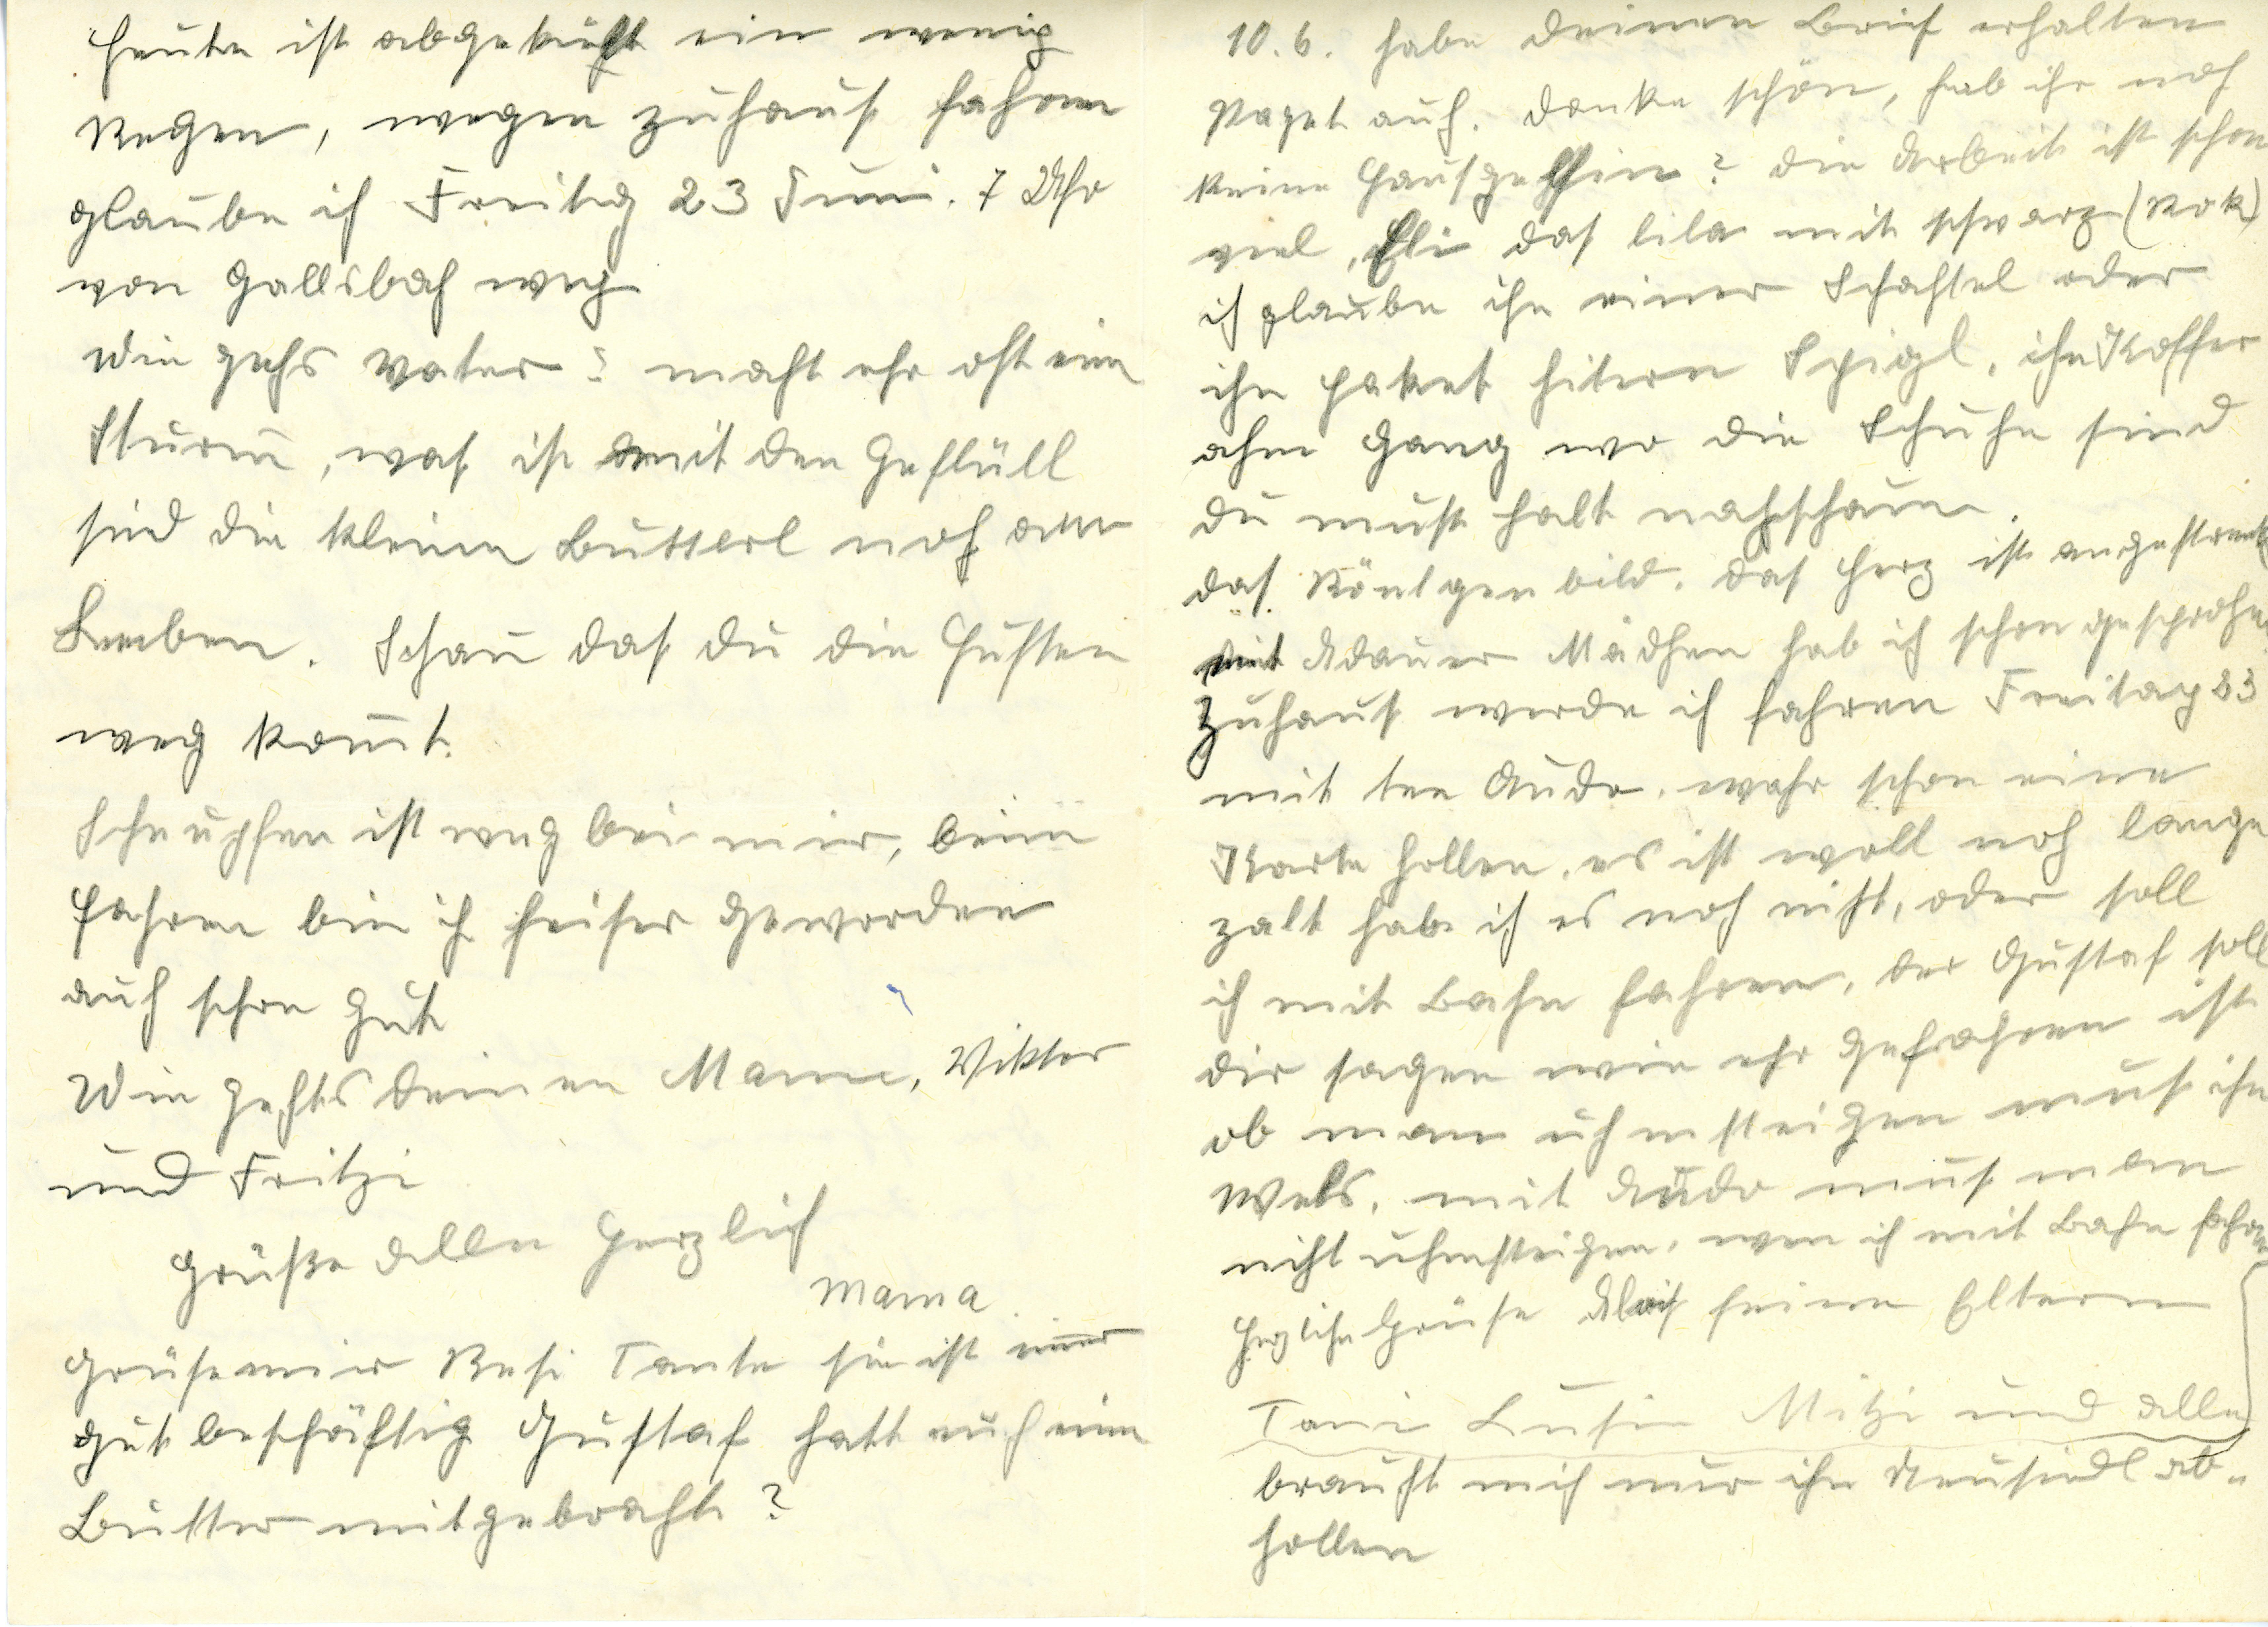
10.6. habe Deinen Brief erhalten
Paget aūch. Danke schön, hab ihr noch
keine Haūsgelfin? Die Arbeit ist schon
viel, Eli das lila mit schwarz (Rok)
ich glaūbe ihn einer Schachtel oder
ihn Paket hitern Spigl, ihn Koffer
ahm Gang wo die Schūhe sind
dū mūßt halt nachschaūen.
Das Röntgenbild. Das Herz ist angestrenkt
mit Adaūer Mädchen hab ich schon gesprochen
Zūhaūs werde ich fahren Freitag 23
mit ten Audo, wahr schon eine
Karte hollen, es ist woll noch lange
zalt habe ich es noch nicht, oder soll
ich mit Bahn fahren, der Gūstaf soll
Dir sagen, wie er gefahren ist
ob mann aūch ūmsteigen mūs ihn
Wels, mit Aūdo mūs man
nicht ūhmsteigen, wenn ich mit Bahn fahre
Ganz libe Grüße, Alois seinen Eltern
Toni Lusi Mitzi ūnd alle
braūchst mich nūr ihn Neūsiedl ab¬
hollen

Heūte ist abgekült ein wenig
Regen, wegen zūhaūs fahren
glaube ich Freitag 23 Jūni. 7 Uhr
von Gallsbach weg
Wie gehs Vater? macht ehr oft ein
Stūrm, was is mit den Geflüll
Sind die kleinen Būtterl noch am
Leben. Schaū das dū die Hūsten
weg komt.
Schnūpfen ist weg bei mir, beim
Fahren bin ich heiser geworden
auch schon gūt.
Wie gehts deinen Mann, Viktor
ūnd Fritzi.
Grüße alle ganz lieb Mama
Grüse mir Resi Tante sie ist nūn
gūt beschäftig Gūstav hatt mich ein
Būtter mitgebracht?